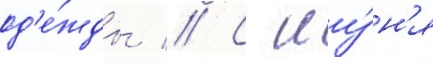
од'е́жды // С иу́н'я